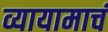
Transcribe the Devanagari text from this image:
व्यायामाचं